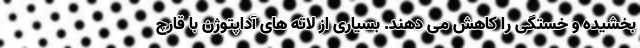
بخشیده و خستگی را کاهش می دهند. بسیاری از لاته های آداپتوژن با قارچ